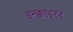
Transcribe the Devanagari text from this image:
इन्क्वाइरर